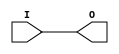
module IBUF (O, I);

    parameter CAPACITANCE = "DONT_CARE";
    parameter IBUF_DELAY_VALUE = "0";
    parameter IBUF_LOW_PWR = "TRUE";
    parameter IFD_DELAY_VALUE = "AUTO";
    parameter IOSTANDARD = "DEFAULT";
    
    output O;
    input  I;

    buf B1 (O, I);
    
    
    initial begin
	
        case (CAPACITANCE)

            "LOW", "NORMAL", "DONT_CARE" : ;
            default : begin
                          $display("Attribute Syntax Error : The attribute CAPACITANCE on IBUF instance %m is set to %s.  Legal values for this attribute are DONT_CARE, LOW or NORMAL.", CAPACITANCE);
                          $finish;
                      end

        endcase


	case (IBUF_DELAY_VALUE)

            "0", "1", "2", "3", "4", "5", "6", "7", "8", "9", "10", "11", "12", "13", "14", "15", "16" : ;
            default : begin
                          $display("Attribute Syntax Error : The attribute IBUF_DELAY_VALUE on IBUF instance %m is set to %s.  Legal values for this attribute are 0, 1, 2, ... or 16.", IBUF_DELAY_VALUE);
                          $finish;
                      end

        endcase

        case (IBUF_LOW_PWR)

            "FALSE", "TRUE" : ;
            default : begin
                          $display("Attribute Syntax Error : The attribute IBUF_LOW_PWR on IBUF instance %m is set to %s.  Legal values for this attribute are TRUE or FALSE.", IBUF_LOW_PWR);
                          $finish;
                      end

        endcase


	case (IFD_DELAY_VALUE)

            "AUTO", "0", "1", "2", "3", "4", "5", "6", "7", "8" : ;
            default : begin
                          $display("Attribute Syntax Error : The attribute IFD_DELAY_VALUE on IBUF instance %m is set to %s.  Legal values for this attribute are AUTO, 0, 1, 2, ... or 8.", IFD_DELAY_VALUE);
                          $finish;
                      end

	endcase
	
    end

endmodule